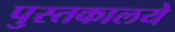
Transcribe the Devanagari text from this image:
पुस्तकालये